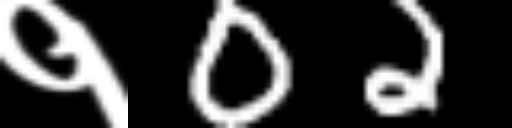
Text: १02